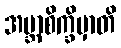
အဗ္ဘာစိက္ခိမှာတိ